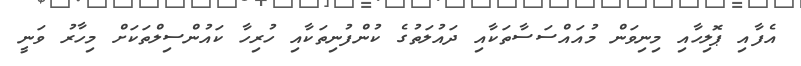
އެފާއި ޕޮލިހާއި މިނިވަން މުއައްސަސާތަކާއި ދައުލަތުގެ ކުންފުނިތަކާއި ހުރިހާ ކައުންސިލްތަކަށް މިހާރު ވަނީ